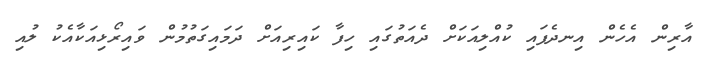
އާރިން އެހެން އިނދެފައި ކުއްލިއަކަށް ދެއަތުގައި ހިފާ ކައިރިއަށް ދަމައިގަތުމުން ވައިރޯޅިއަކާއެކު ލުއި